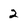
Character: 2